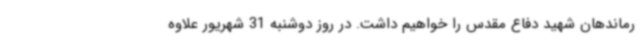
رماندهان شهید دفاع مقدس را خواهیم داشت. در روز دوشنبه 31 شهریور علاوه